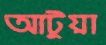
আটুয়া